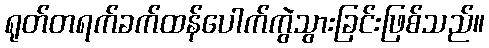
ရုတ်တရက်ခက်ထန်ပေါက်ကွဲသွားခြင်းဖြစ်သည်။